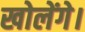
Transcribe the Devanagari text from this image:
खोलेंगे।